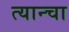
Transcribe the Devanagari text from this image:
त्यान्चा